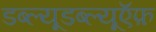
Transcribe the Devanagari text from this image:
डब्ल्यूडब्ल्यूऍफ़